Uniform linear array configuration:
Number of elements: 4
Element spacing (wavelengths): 0.5
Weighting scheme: binomial
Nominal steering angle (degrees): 15
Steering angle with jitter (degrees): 13.383
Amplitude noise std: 0.05
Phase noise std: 0.05

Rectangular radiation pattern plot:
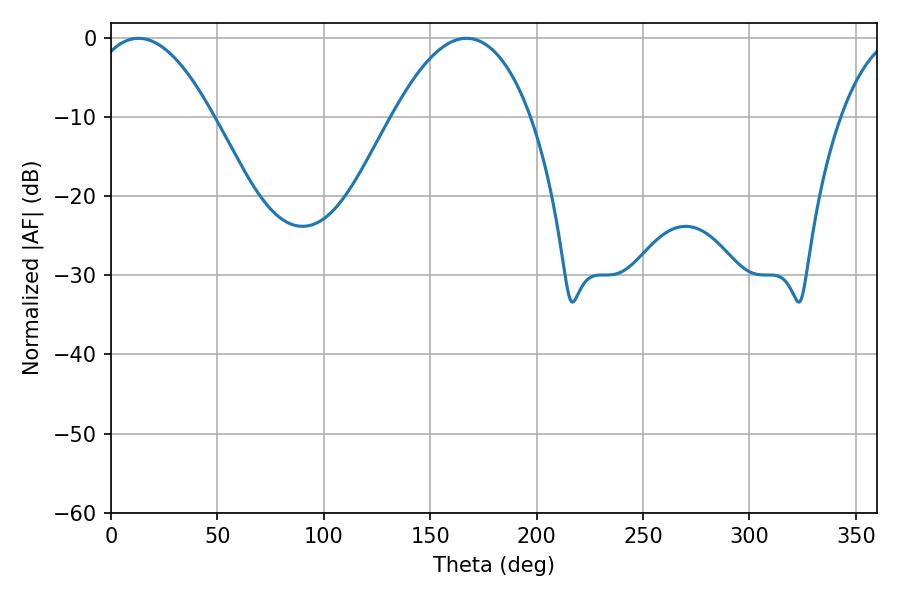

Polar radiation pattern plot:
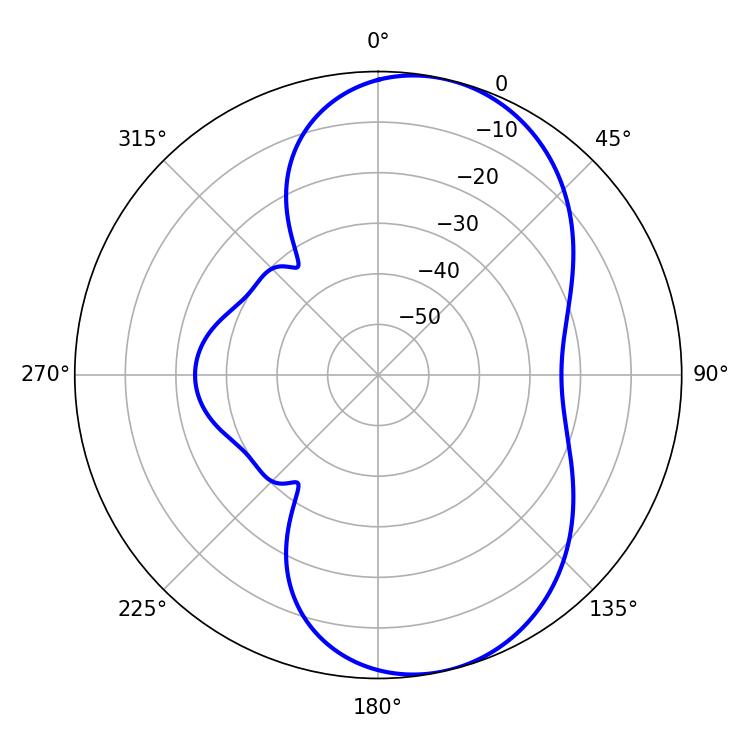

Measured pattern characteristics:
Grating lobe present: FALSE
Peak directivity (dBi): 7.805
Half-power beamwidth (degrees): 31.68
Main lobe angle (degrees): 12.96